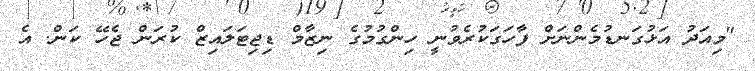
"މިއަދު އަޅުގަނޑުމެންނަށް ފާހަގަކުރެވުނީ ހިންގުމުގެ ނިޒާމް ޑިޖިޓަލައިޒް ކުރަން ޖެހޭ ކަން. އެ